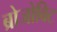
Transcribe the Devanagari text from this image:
ब्रोजोविट